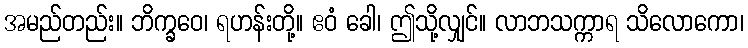
အမည်တည်း။ ဘိက္ခဝေ၊ ရဟန်းတို့။ ဧဝံ ခေါ၊ ဤသို့လျှင်။ လာဘသက္ကာရ သိလောကော၊